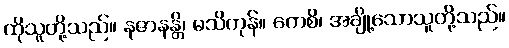
ထိုသူတို့သည်။ နဇာနန္တိ၊ မသိကုန်။ ကေစိ၊ အချို့သောသူတို့သည်။